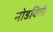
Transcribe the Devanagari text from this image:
नोडविली